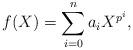
LaTeX: \begin{align*}f(X)=\sum_{i=0}^n a_iX^{p^i},\end{align*}